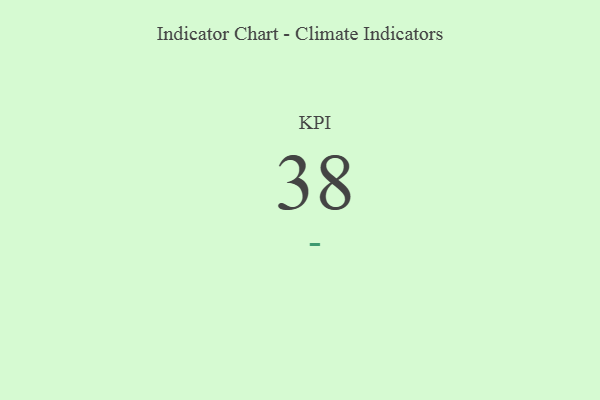
{"axis": {"x": "KPI", "y": "Value"}, "legend": [""], "data": [{"x": "KPI", "y": 38, "type": ""}]}